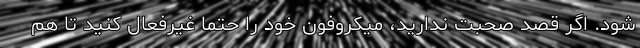
شود. اگر قصد صحبت ندارید، میکروفون خود را حتما غیرفعال کنید تا هم